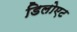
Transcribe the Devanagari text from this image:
डिलोएट